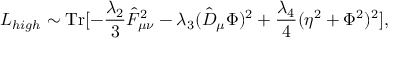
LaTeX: { \cal L } _ { h i g h } \sim \mathrm { T r } [ - \frac { \lambda _ { 2 } } { 3 } \hat { F } _ { \mu \nu } ^ { 2 } - \lambda _ { 3 } ( \hat { D } _ { \mu } \Phi ) ^ { 2 } + \frac { \lambda _ { 4 } } { 4 } ( \eta ^ { 2 } + \Phi ^ { 2 } ) ^ { 2 } ] ,